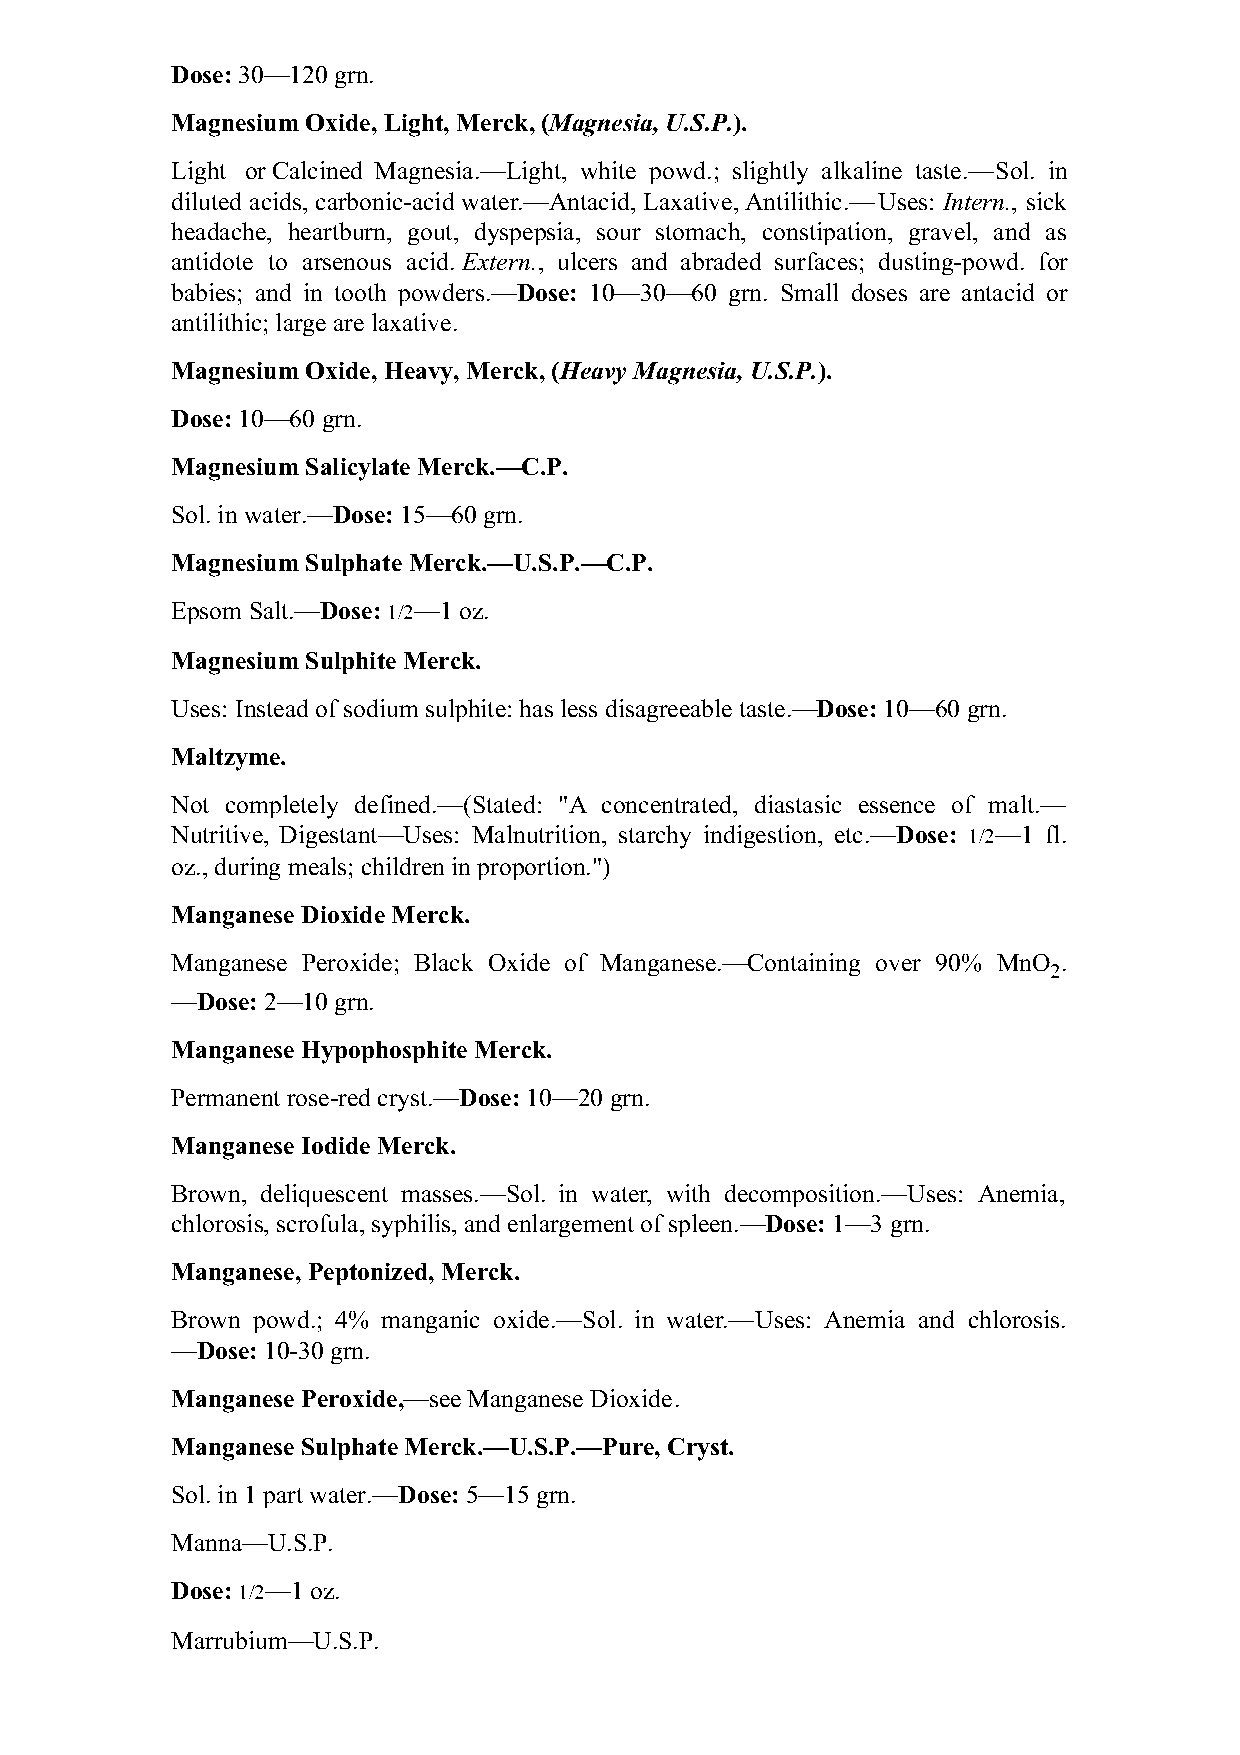
Dose: 30—120 grn.
 Magnesium Oxide, Light, Merck, (Magnesia, U.S.P.).
 Light or Calcined Magnesia.—Light, white powd.; slightly alkaline taste.—Sol. in
 diluted acids, carbonic-acid water.—Antacid, Laxative, Antilithic.—Uses: Intern., sick
 headache, heartburn, gout, dyspepsia, sour stomach, constipation, gravel, and as
 antidote to arsenous acid. Extern., ulcers and abraded surfaces; dusting-powd. for
 babies; and in tooth powders.—Dose: 10—30—60 grn. Small doses are antacid or
 antilithic; large are laxative.
 Magnesium Oxide, Heavy, Merck, (Heavy Magnesia, U.S.P.).
 Dose: 10—60 grn.
 Magnesium Salicylate Merck.—C.P.
 Sol. in water.—Dose: 15—60 grn.
 Magnesium Sulphate Merck.—U.S.P.—C.P.
 Epsom Salt.—Dose: 1/2—1 oz.
 Magnesium Sulphite Merck.
 Uses: Instead of sodium sulphite: has less disagreeable taste.—Dose: 10—60 grn.
 Maltzyme.
 Not completely defined.—(Stated: "A concentrated, diastasic essence of malt.—
 Nutritive, Digestant—Uses: Malnutrition, starchy indigestion, etc.—Dose: 1/2—1 fl.
 oz., during meals; children in proportion.")
 Manganese Dioxide Merck.
 Manganese Peroxide; Black Oxide of Manganese.—Containing over 90% MnO .
 2
 —Dose: 2—10 grn.
 Manganese Hypophosphite Merck.
 Permanent rose-red cryst.—Dose: 10—20 grn.
 Manganese Iodide Merck.
 Brown, deliquescent masses.—Sol. in water, with decomposition.—Uses: Anemia,
 chlorosis, scrofula, syphilis, and enlargement of spleen.—Dose: 1—3 grn.
 Manganese, Peptonized, Merck.
 Brown powd.; 4% manganic oxide.—Sol. in water.—Uses: Anemia and chlorosis.
 —Dose: 10-30 grn.
 Manganese Peroxide,—see Manganese Dioxide.
 Manganese Sulphate Merck.—U.S.P.—Pure, Cryst.
 Sol. in 1 part water.—Dose: 5—15 grn.
 Manna—U.S.P.
 Dose: 1/2—1 oz.
 Marrubium—U.S.P.